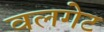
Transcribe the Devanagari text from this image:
वलगेट